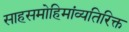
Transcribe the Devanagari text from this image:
साहसमोहिमांव्यतिरिक्त